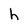
Character: h